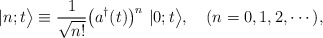
\begin{align*}|n;t\bigr> \equiv \frac{1}{\sqrt{n!}}\bigl(a^{\dagger}(t)\bigr)^{n}~|0;t\bigr>,~~~(n=0,1,2,\cdots),\end{align*}